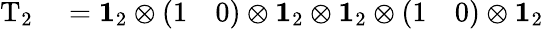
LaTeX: \begin{array}{rl}{\mathrm{T}_{2}}&{{}=\mathbf{1}_{2}\otimes\left(\begin{array}{ll}{1}&{0}\end{array}\right)\otimes\mathbf{1}_{2}\otimes\mathbf{1}_{2}\otimes\left(\begin{array}{ll}{1}&{0}\end{array}\right)\otimes\mathbf{1}_{2}}\end{array}